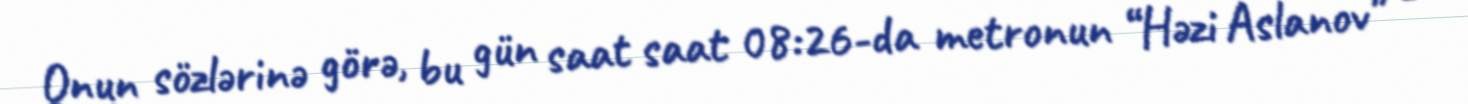
Onun sözlərinə görə, bu gün saat saat 08:26-da metronun “Həzi Aslanov” -